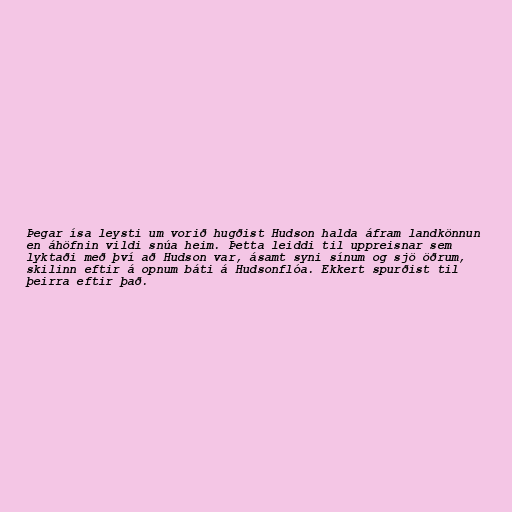
Þegar ísa leysti um vorið hugðist Hudson halda áfram landkönnun
en áhöfnin vildi snúa heim. Þetta leiddi til uppreisnar sem
lyktaði með því að Hudson var, ásamt syni sínum og sjö öðrum,
skilinn eftir á opnum báti á Hudsonflóa. Ekkert spurðist til
þeirra eftir það.